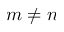
m \neq n